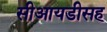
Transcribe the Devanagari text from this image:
सीआयडीसह